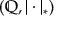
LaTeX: ( \mathbb { Q } , | \cdot | _ { * } )